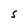
Character: S